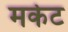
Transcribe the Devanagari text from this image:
मर्केट